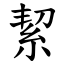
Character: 絜